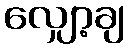
လျှော့ချ